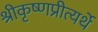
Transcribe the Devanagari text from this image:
श्रीकृष्णप्रीत्यर्थे